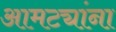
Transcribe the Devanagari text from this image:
आमट्यांना